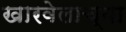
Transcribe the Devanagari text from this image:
खारवेलाच्या